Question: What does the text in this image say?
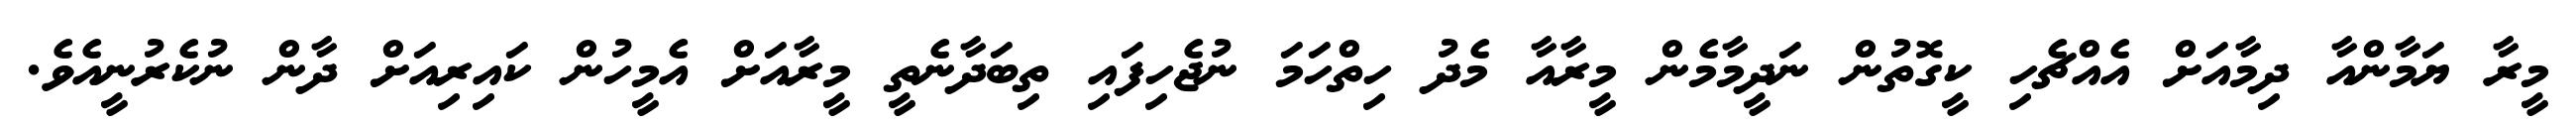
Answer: މީރާ ޔަމާންއާ ދިމާއަށް އެއްޗެހި ކީގޮތުން ނަދީމާމެން މީރާއާ މެދު ހިތްހަމަ ނުޖެހިފައި ތިބަދާނެތީ މީރާއަށް އެމީހުން ކައިރިއަށް ދާން ނުކެރުނީއެވެ.